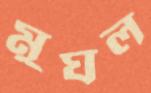
মুঘল